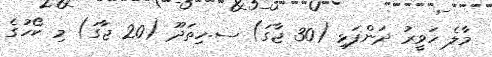
މާލެ ހަވީރު ދަންފަޅި (30 ޖާގަ) ސ.ހިތަދޫ (20 ޖާގަ) މި ކޯހުގެ